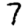
Digit: 7